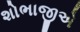
શોભાજીએ